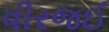
વીરજઈ